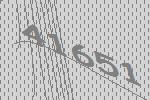
41651